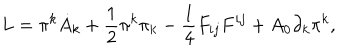
L = \pi ^ { k } \dot { A } _ { k } + \frac { 1 } { 2 } \pi ^ { k } \pi _ { k } - \frac { 1 } { 4 } F _ { i j } F ^ { i j } + A _ { 0 } \partial _ { k } \pi ^ { k } ,